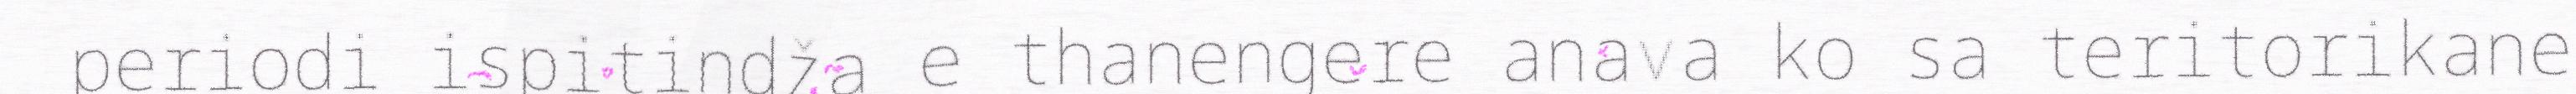
periodi ispitindža e thanengere anava ko sa teritorikane